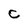
Character: c